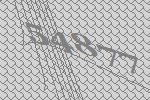
54877